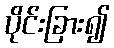
ပိုင်းခြား၍